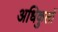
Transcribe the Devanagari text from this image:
अधिकुलों